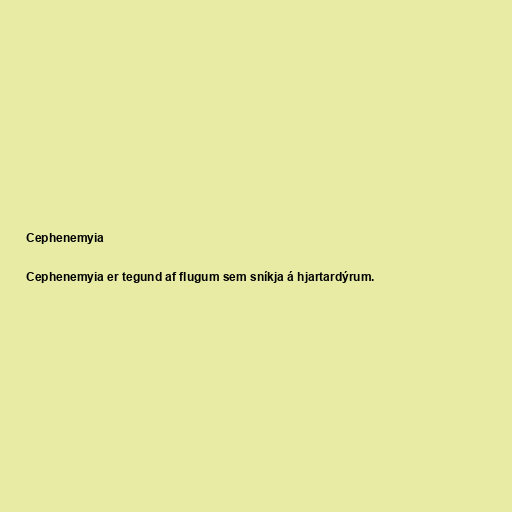
Cephenemyia

Cephenemyia er tegund af flugum sem sníkja á hjartardýrum.